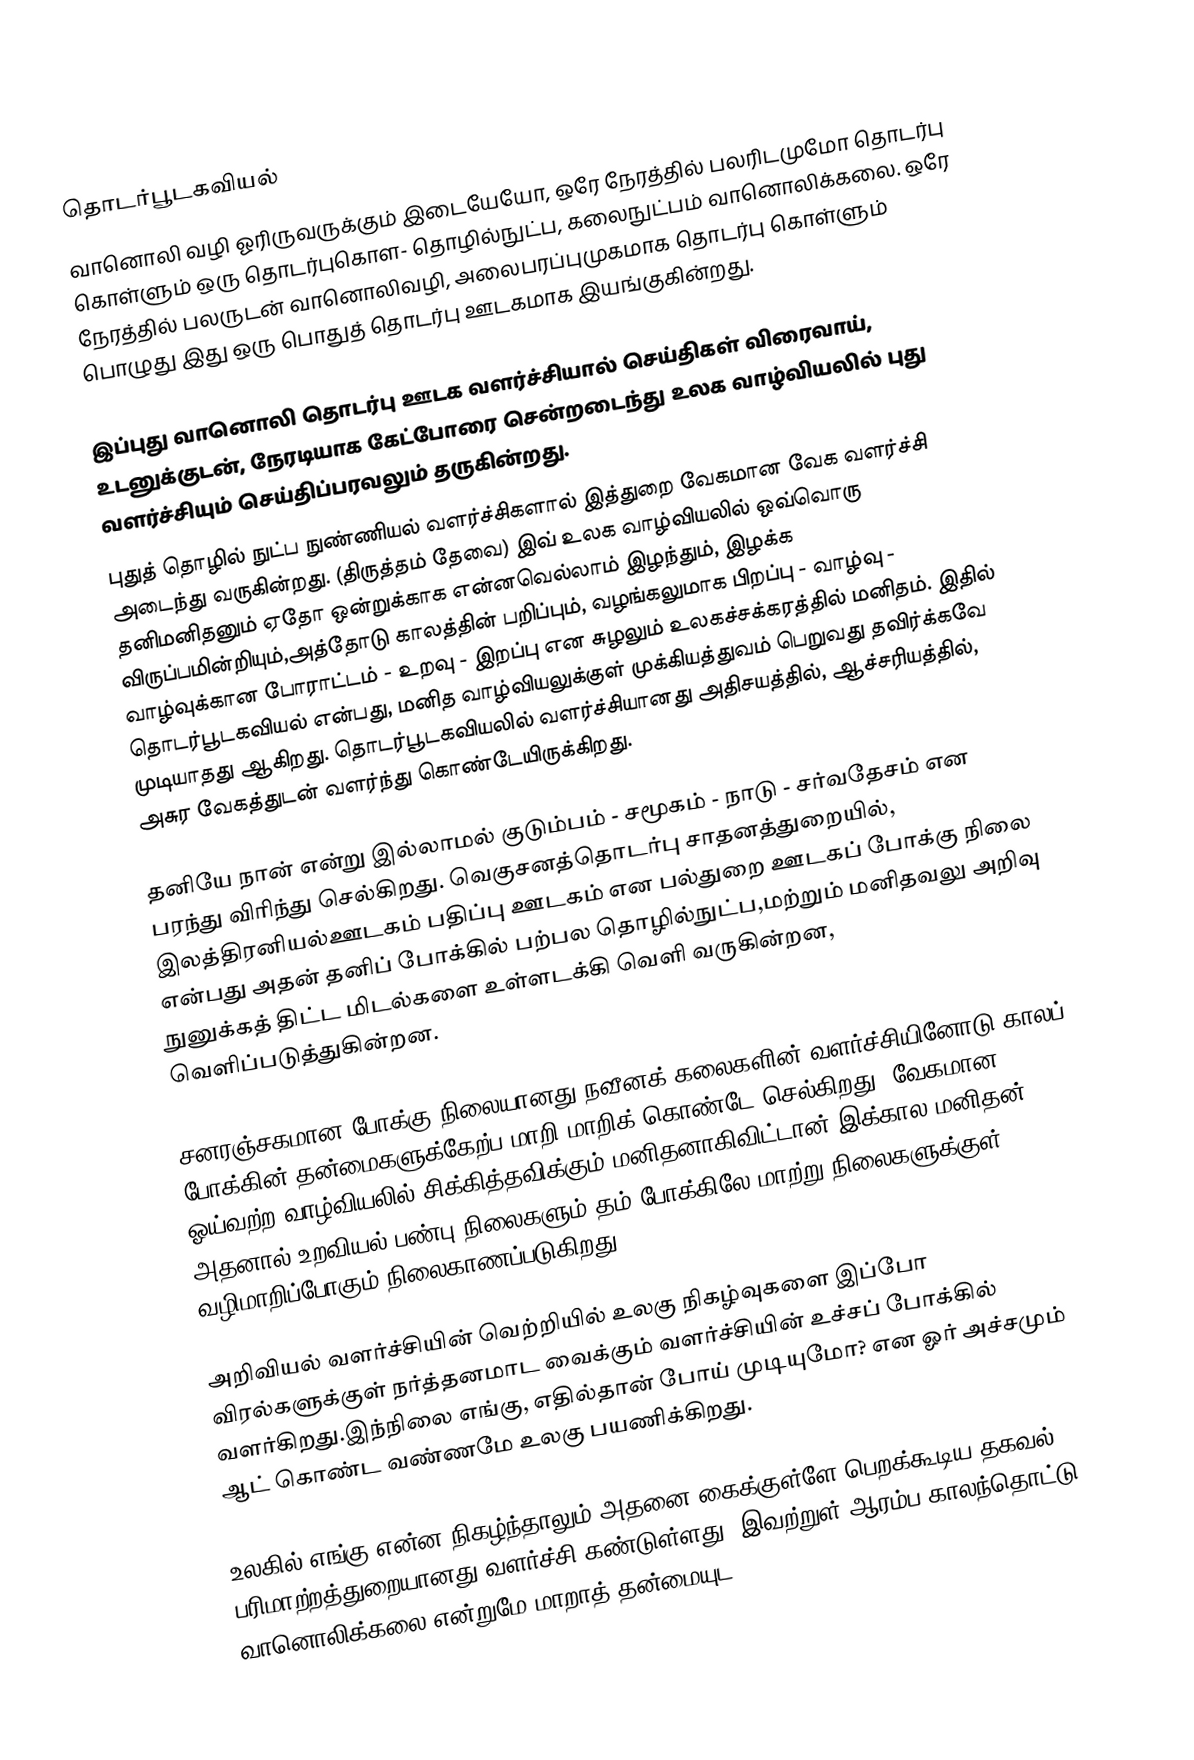

தொடர்பூடகவியல்
வானொலி வழி ஓரிருவருக்கும் இடையேயோ,  ஒரே நேரத்தில் பலரிடமுமோ தொடர்பு கொள்ளும் ஒரு தொடர்புகொள- தொழில்நுட்ப, கலைநுட்பம் வானொலிக்கலை. ஒரே நேரத்தில் பலருடன் வானொலிவழி, அலைபரப்புமுகமாக தொடர்பு கொள்ளும் பொழுது இது ஒரு பொதுத் தொடர்பு ஊடகமாக இயங்குகின்றது.

இப்புது வானொலி தொடர்பு ஊடக வளர்ச்சியால் செய்திகள் விரைவாய், உடனுக்குடன்,  நேரடியாக கேட்போரை சென்றடைந்து உலக வாழ்வியலில் புது வளர்ச்சியும் செய்திப்பரவலும் தருகின்றது.
புதுத்  தொழில் நுட்ப நுண்ணியல் வளர்ச்சிகளால் இத்துறை வேகமான வேக வளர்ச்சி அடைந்து வருகின்றது. (திருத்தம் தேவை) இவ் உலக வாழ்வியலில் ஒவ்வொரு தனிமனிதனும் ஏதோ ஒன்றுக்காக என்னவெல்லாம் இழந்தும், இழக்க விருப்பமின்றியும்,அத்தோடு காலத்தின் பறிப்பும், வழங்கலுமாக பிறப்பு - வாழ்வு - வாழ்வுக்கான போராட்டம் - உறவு - இறப்பு என சுழலும் உலகச்சக்கரத்தில் மனிதம். இதில் தொடர்பூடகவியல் என்பது, மனித வாழ்வியலுக்குள் முக்கியத்துவம் பெறுவது தவிர்க்கவே முடியாதது ஆகிறது. தொடர்பூடகவியலில் வளர்ச்சியானது அதிசயத்தில், ஆச்சரியத்தில், அசுர வேகத்துடன் வளர்ந்து கொண்டேயிருக்கிறது.

தனியே நான் என்று இல்லாமல் குடும்பம் - சமூகம் - நாடு - சர்வதேசம் என பரந்து விரிந்து செல்கிறது. வெகுசனத்தொடர்பு சாதனத்துறையில், இலத்திரனியல்ஊடகம் பதிப்பு ஊடகம் என பல்துறை ஊடகப் போக்கு நிலை என்பது அதன் தனிப் போக்கில் பற்பல தொழில்நுட்ப,மற்றும் மனிதவலு அறிவு நுனுக்கத் திட்ட மிடல்களை உள்ளடக்கி வெளி வருகின்றன, வெளிப்படுத்துகின்றன.

சனரஞ்சகமான போக்கு நிலையானது நவீனக் கலைகளின் வளர்ச்சியினோடு காலப் போக்கின் தன்மைகளுக்கேற்ப மாறி மாறிக் கொண்டே செல்கிறது. வேகமான ஓய்வற்ற வாழ்வியலில் சிக்கித்தவிக்கும் மனிதனாகிவிட்டான் இக்கால மனிதன். அதனால் உறவியல் பண்பு நிலைகளும் தம் போக்கிலே மாற்று நிலைகளுக்குள் வழிமாறிப்போகும் நிலைகாணப்படுகிறது.

அறிவியல் வளர்ச்சியின் வெற்றியில் உலகு நிகழ்வுகளை இப்போ விரல்களுக்குள் நர்த்தனமாட வைக்கும் வளர்ச்சியின் உச்சப் போக்கில் வளர்கிறது.இந்நிலை எங்கு, எதில்தான் போய் முடியுமோ? என ஓர் அச்சமும் ஆட் கொண்ட வண்ணமே உலகு பயணிக்கிறது.

உலகில் எங்கு என்ன நிகழ்ந்தாலும் அதனை கைக்குள்ளே பெறக்கூடிய தகவல் பரிமாற்றத்துறையானது வளர்ச்சி கண்டுள்ளது. இவற்றுள் ஆரம்ப காலந்தொட்டு வானொலிக்கலை என்றுமே மாறாத் தன்மையுட